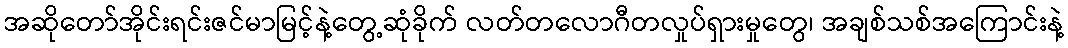
အဆိုတော်အိုင်းရင်းဇင်မာမြင့်နဲ့တွေ့ဆုံခိုက် လတ်တလောဂီတလှုပ်ရှားမှုတွေ၊ အချစ်သစ်အကြောင်းနဲ့